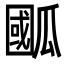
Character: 𭺙